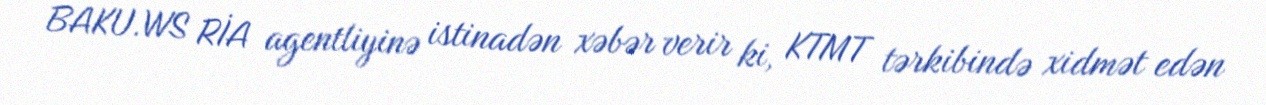
BAKU.WS RİA agentliyinə istinadən xəbər verir ki, KTMT tərkibində xidmət edən